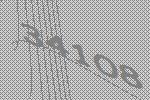
34108